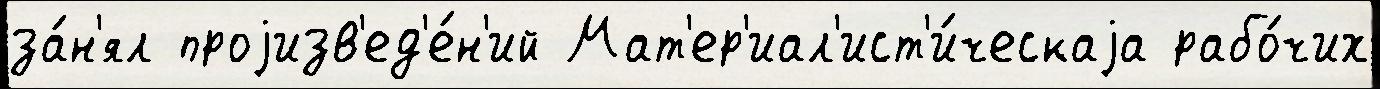
за́н'ял проjизв'ед'е́н'ий Мат'ер'иал'ист'и́ческаjа рабо́чих